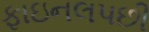
ફાઇનલપછી